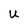
Character: U